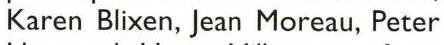
Karen Blixen, Jean Moreau, Peter